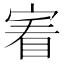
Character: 𡩒